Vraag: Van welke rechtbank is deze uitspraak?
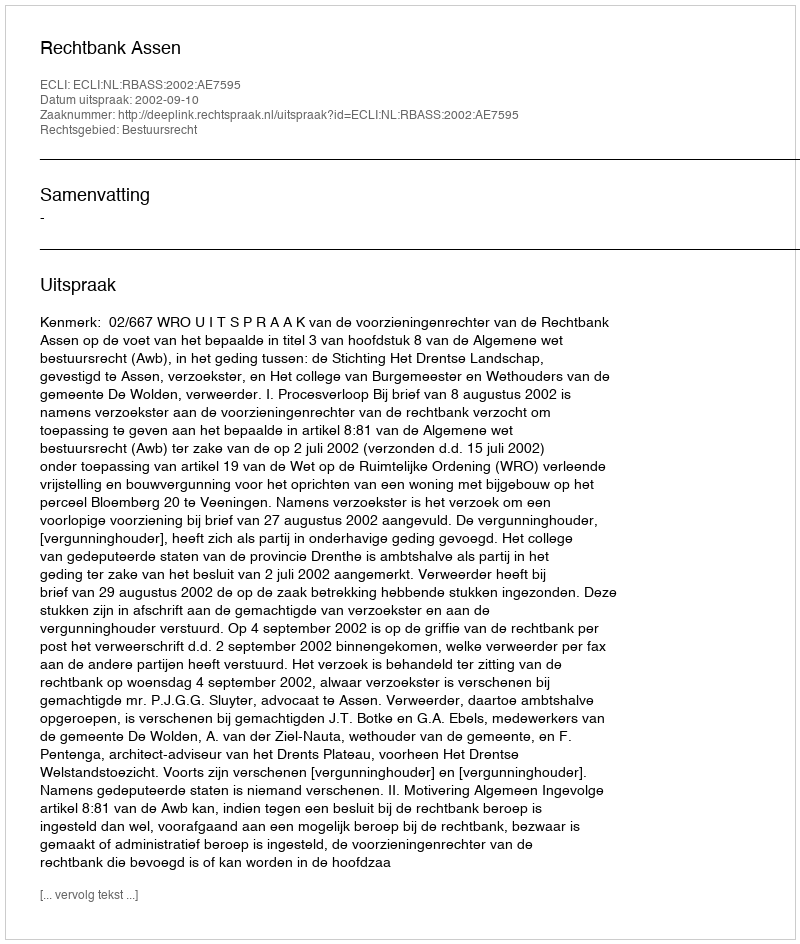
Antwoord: Rechtbank Assen